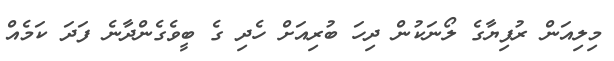
މިލިއަން ރުފިޔާގެ ލޯނަކުން ދިހަ ބުރިއަށް ހެދި ގެ ބީވެގެންދާނެ ފަދަ ކަމެއް